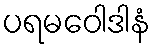
ပရမဝေါဒါနံ